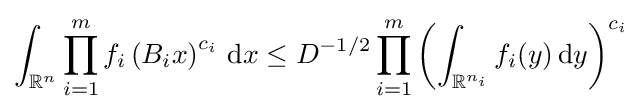
\int _{\mathbb {R} ^{n}}\prod _{i=1}^{m}f_{i}\left(B_{i}x\right)^{c_{i}}\,\mathrm {d} x\leq D^{-1/2}\prod _{i=1}^{m}\left(\int _{\mathbb {R} ^{n_{i}}}f_{i}(y)\,\mathrm {d} y\right)^{c_{i}}